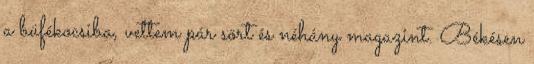
a büfékocsiba, vettem pár sört és néhány magazint. Békésen